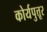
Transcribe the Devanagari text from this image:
कोर्यपुत्तूर